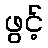
ဖွင့်